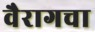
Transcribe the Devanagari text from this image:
वैरागचा